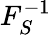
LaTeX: F_{S}^{-1}